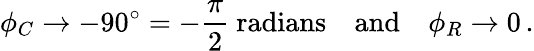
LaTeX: \phi_{C}\to-90^{\circ}=-{\frac{\pi}{2}}{\mathrm{~radians}}\quad{\mathrm{and}}\quad\phi_{R}\to 0\, .